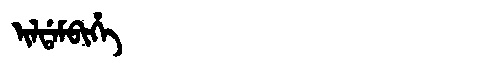
Manchu: ᡳᠯᡩᠠᠮᠪᡳᡥᡝ
Romanization: ILDAMBIHE